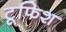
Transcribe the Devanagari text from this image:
टूफिश